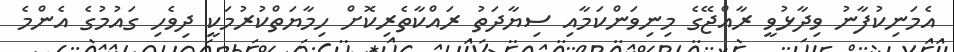
އެމަނިކުފާނު ވިދާޅުވީ ރާއްޖޭގެ މިނިވަންކަމާއި ސިޔާދަތު ރައްކާތެރިކޮށް ހިމާޔަތްކުރުމަކީ ދިވެހި ގައުމުގެ އެންމެ